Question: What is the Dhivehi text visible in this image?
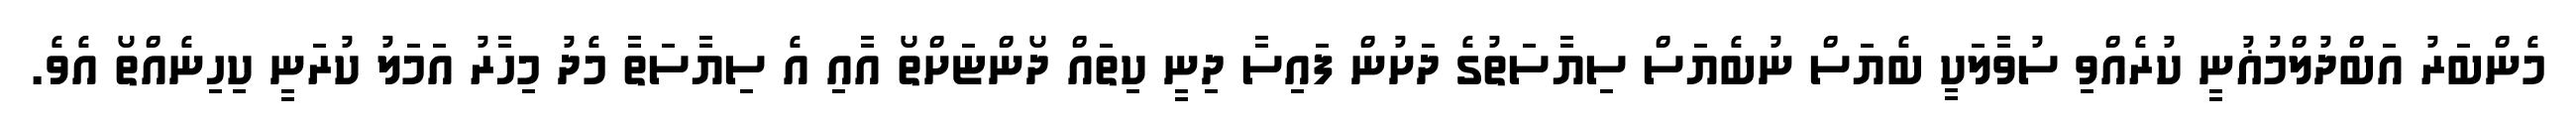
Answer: މެންބަރު އަބްދުލްމުޣުނީ ކުރެއްވި ސުވާލަކީ ބެޔަސް ނުބެޔަސް ސިޔާސަތުގެ ދަށުން ފައިސާ ދިނީ ކިތައް ދޯންޏަށްތޯ އާއި އެ ސިޔާސަތާ މެދު މިހާރު އަމަލު ކުރަނީ ކިހިނެއްތޯ އެވެ.